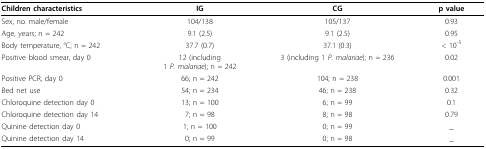
<table><thead><tr><td><b>Children characteristics</b></td><td><b>IG</b></td><td><b>CG</b></td><td><b>p value</b></td></tr></thead><tbody><tr><td>Sex, no. male/female</td><td>104/138</td><td>105/137</td><td>0.93</td></tr><tr><td>Age, years; n = 242</td><td>9.1 (2.5)</td><td>9.1 (2.5)</td><td>0.95</td></tr><tr><td>Body temperature, °C; n = 242</td><td>37.7 (0.7)</td><td>37.1 (0.3)</td><td>&lt; 10<sup>-5</sup></td></tr><tr><td>Positive blood smear, day 0</td><td>12 (including1 <i>P. malariae</i>); n = 242</td><td>3 (including 1 <i>P. malariae</i>); n = 236</td><td>0.02</td></tr><tr><td>Positive PCR, day 0</td><td>66; n = 242</td><td>104; n = 238</td><td>0.001</td></tr><tr><td>Bed net use</td><td>54; n = 234</td><td>46; n = 238</td><td>0.32</td></tr><tr><td>Chloroquine detection day 0</td><td>13; n = 100</td><td>6; n = 99</td><td>0.1</td></tr><tr><td>Chloroquine detection day 14</td><td>7; n = 98</td><td>8; n = 98</td><td>0.79</td></tr><tr><td>Quinine detection day 0</td><td>1; n = 100</td><td>0; n = 99</td><td>_</td></tr><tr><td>Quinine detection day 14</td><td>0; n = 99</td><td>0; n = 98</td><td>_</td></tr></tbody></table>